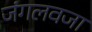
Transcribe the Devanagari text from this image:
जंगलवजा